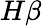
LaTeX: H\beta